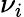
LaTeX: \nu_{i}